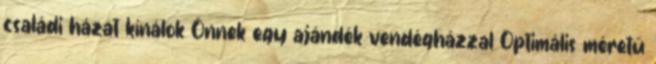
családi házat kínálok Önnek egy ajándék vendégházzal Optimális méretű